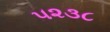
૫૨૩૮